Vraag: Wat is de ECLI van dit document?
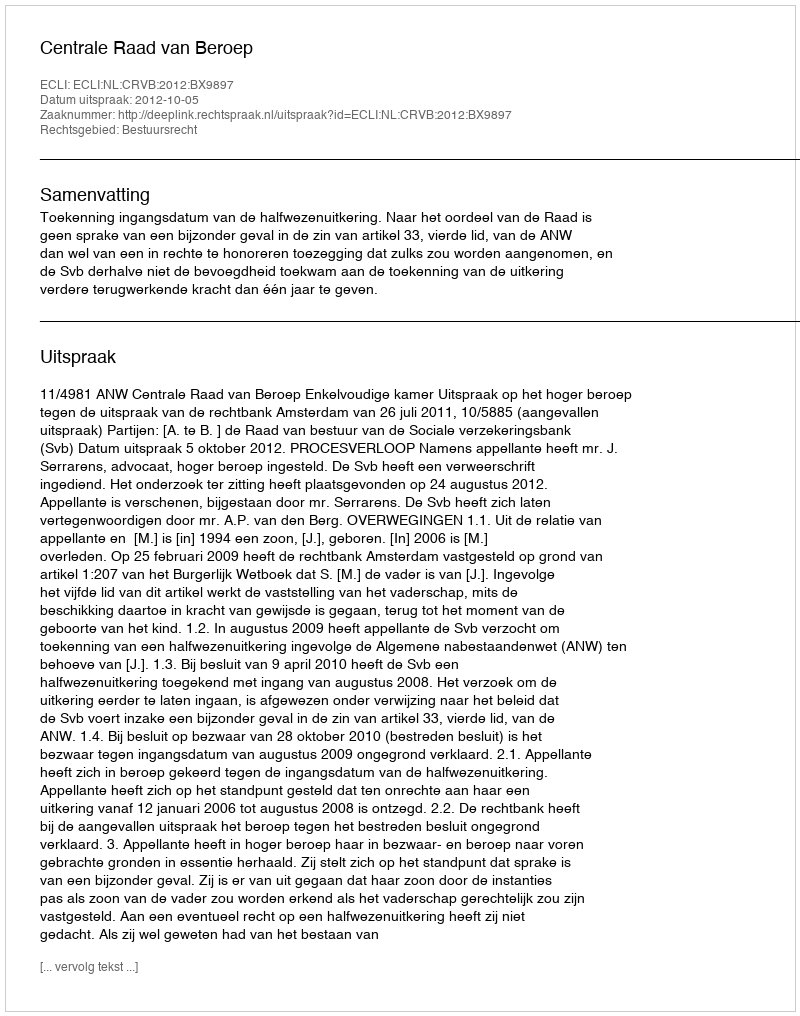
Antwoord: ECLI:NL:CRVB:2012:BX9897